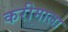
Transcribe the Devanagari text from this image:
करीमाला